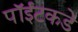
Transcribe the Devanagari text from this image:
पॉईंटकडे